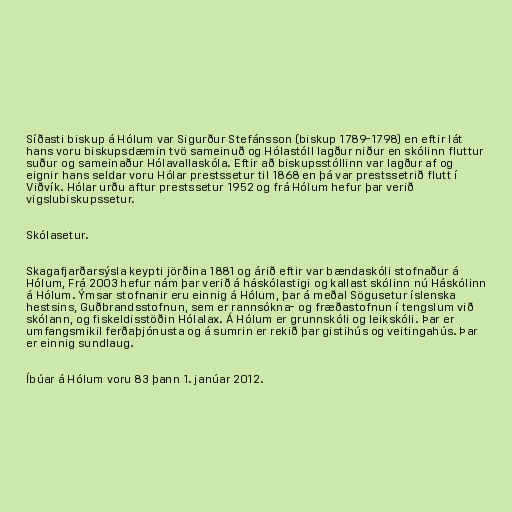
Síðasti biskup á Hólum var Sigurður Stefánsson (biskup 1789-1798) en eftir lát
hans voru biskupsdæmin tvö sameinuð og Hólastóll lagður niður en skólinn fluttur
suður og sameinaður Hólavallaskóla. Eftir að biskupsstóllinn var lagður af og
eignir hans seldar voru Hólar prestssetur til 1868 en þá var prestssetrið flutt í
Viðvík. Hólar urðu aftur prestssetur 1952 og frá Hólum hefur þar verið
vigslubiskupssetur.

Skólasetur.

Skagafjarðarsýsla keypti jörðina 1881 og árið eftir var bændaskóli stofnaður á
Hólum, Frá 2003 hefur nám þar verið á háskólastigi og kallast skólinn nú Háskólinn
á Hólum. Ýmsar stofnanir eru einnig á Hólum, þar á meðal Sögusetur íslenska
hestsins, Guðbrandsstofnun, sem er rannsókna- og fræðastofnun í tengslum við
skólann, og fiskeldisstöðin Hólalax. Á Hólum er grunnskóli og leikskóli. Þar er
umfangsmikil ferðaþjónusta og á sumrin er rekið þar gistihús og veitingahús. Þar
er einnig sundlaug.

Íbúar á Hólum voru 83 þann 1. janúar 2012.